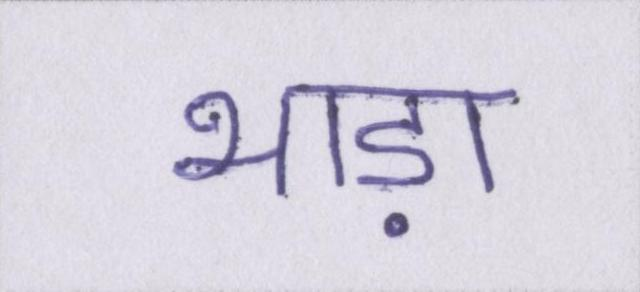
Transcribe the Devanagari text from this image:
भाड़ा